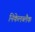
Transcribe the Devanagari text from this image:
निकेलब्लैक